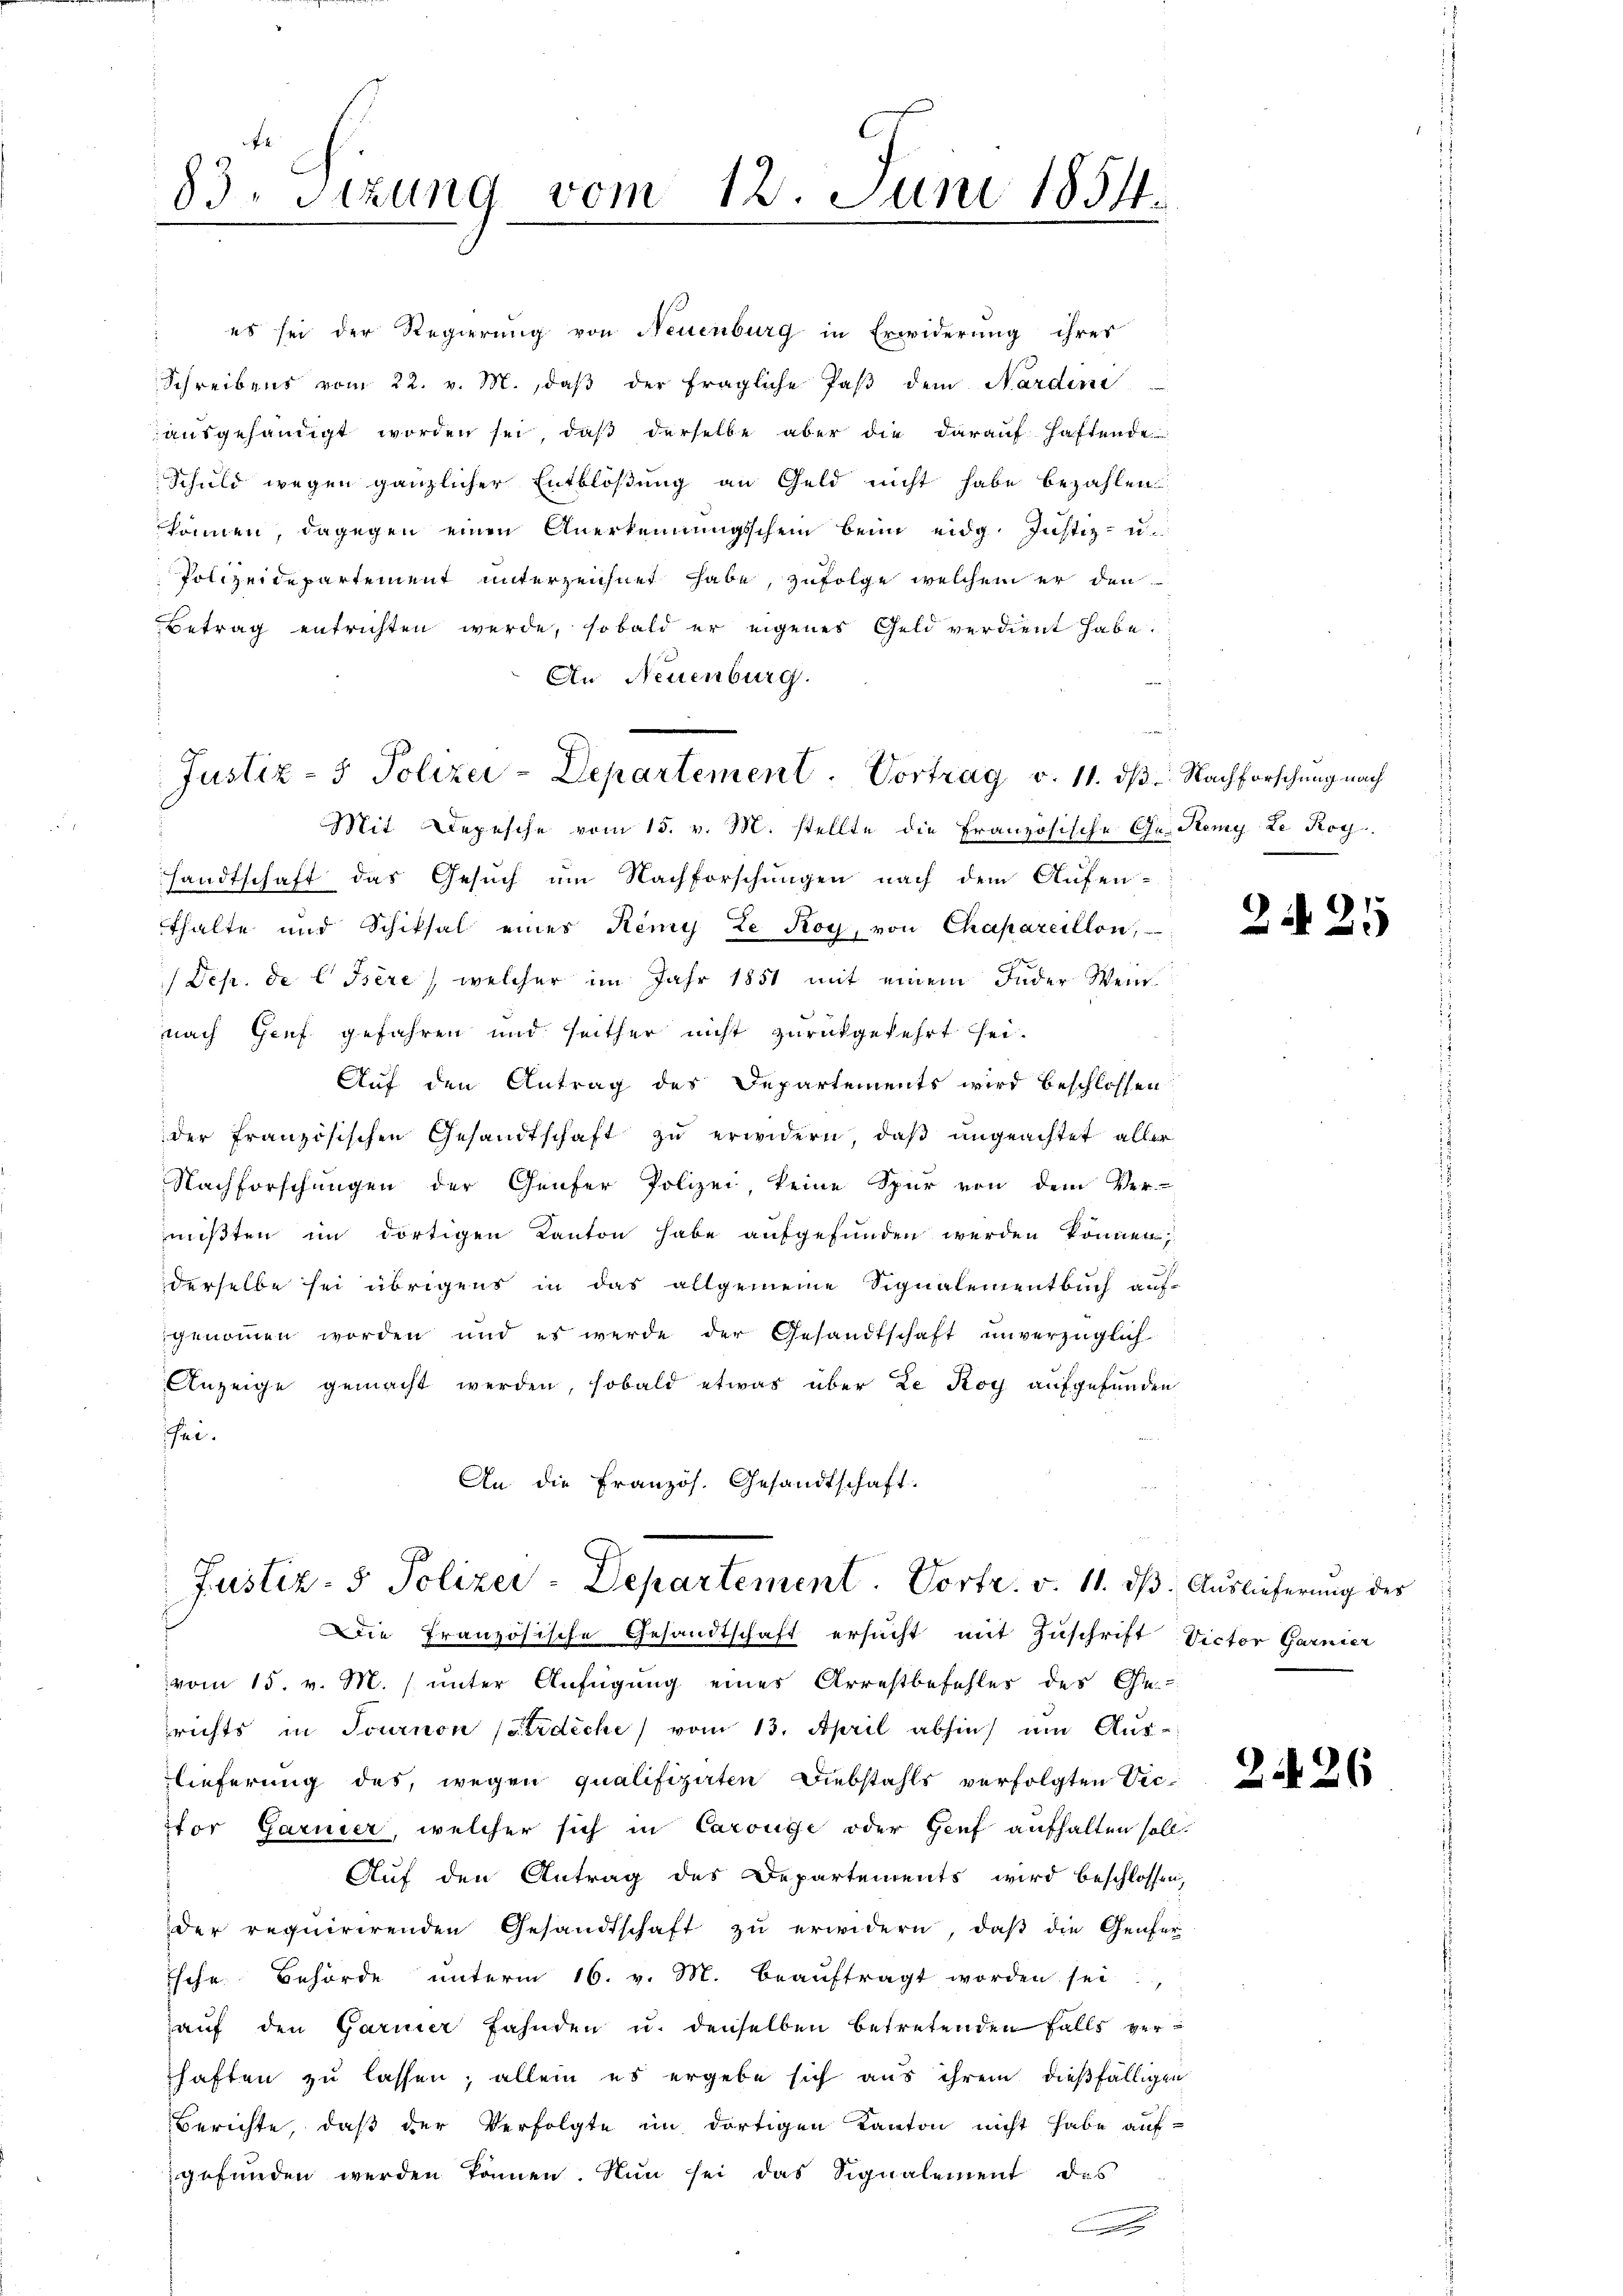
83. Sizung vom 12. Juni 1854.

Justiz- & Polizei-Departement. Vortrag v. 11. dß. Nachforschung nach

es sei der Regierung von Neuenburg in Erwiderung ihrer
Schreibens vom 22. v. M., daβ der fragliche Paβ dem Nardini
ausgehändigt worden sei, daß derselbe aber die darauf haftende
Schuld wegen gänzlicher Entblösung an Geld nicht habe bezahlen
können, dagegen einen Anerkennungschein beim eidg. Justiz- u.
Polizeidepartement unterzeichnet habe, zufolge welchem er den
Betrag entrichten werde, sobald er eigenes Geldverdient habe.
An Neuenburg.
Mit Depesche vom 15. v. M. stellte die Französische Ge- Remy Le Rog
sandtschaft das Gesuch um Nachforschungen nach dem Aufen-
thalte und Schiksal eines Remy te Roy, von Chapareillon,
Dep. de CIsère, welcher im Jahr 1851 mit einem Fuder Weinnach Genf gefahren und seither nicht zurückgekehrt sei.
Auf den Antrag des Departements wird beschlossen
der französischen Gesandtschaft zŭ erwidern, daß ungeachtet aller
Nachforschungen der Genfer Polizei keine Spur von dem Ver-
mißten im dortigen Kanton habe aufgefunden werden können
derselbe sei übrigens in das allgemeine Signalementbuch auf-
genommen worden und es werde der Gesandtschaft ŭnverzüglich-
Anzeige gemacht werden, sobald etwas über Le Roy aufgefunden
hei.
An die Französ. Gesandtschaft.

Justiz- & Polizei-Departement. Vortr. v. 11. ds. Auslieferung des
Die Französische Gesandtschaft ersucht mit Zuschrift Victor Garnier

vom 15. v. M. unter Anfügung eines Arrestbefehles des Ge-
richts in Tournon (Erdiche vom 13. April abhin) um Aus-
lieferung des wegen qualifizirten Diebstahls verfolgten Vic-
ctor Garnier, welcher sich in Carouge oder Genf aufhalten soll.
Auf den Antrag des Departements wird beschlossen,
der requirirenden Gesandtschaft zŭ erwidern, daβ die Genfer-
Esche Behörde ŭnterm 16. v. M. beaŭftragt worden sei
aŭf den Garmer fahnden u. denselben betretenden falls verhaften zu lassen; allein es ergebe sich aus ihrem dießfälligen
Berichte, daß der Verfolgte im dortigen Kanton nicht habe aufgefunden werden können. Nun sei das Signalement des
.

225

226